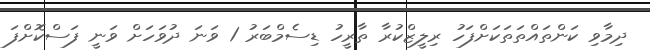
ދިމާވި ކަންތައްތަތަކަށްފަހު ރިލީޒްކުރާ ތާރީހު ޑިސެމްބަރު 1 ވަނަ ދުވަހަށް ވަނީ ފަސްކޮށްފަ